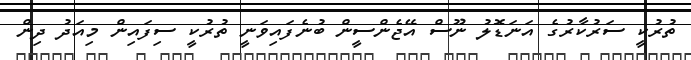
ތުރުކީ ސަރުކާރުގެ އަނަޑޮލު ނޫސް އޭޖެންސީން ބުނެފައިވަނީ ތުރުކީ ސިފައިން މިއަދު ދިން